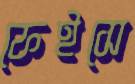
ফেইসে